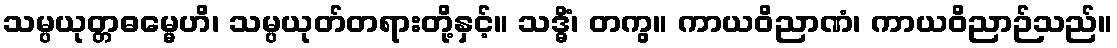
သမ္ပယုတ္တဓမ္မေဟိ၊ သမ္ပယုတ်တရားတို့နှင့်။ သဒ္ဓိံ၊ တကွ။ ကာယဝိညာဏံ၊ ကာယဝိညာဉ်သည်။